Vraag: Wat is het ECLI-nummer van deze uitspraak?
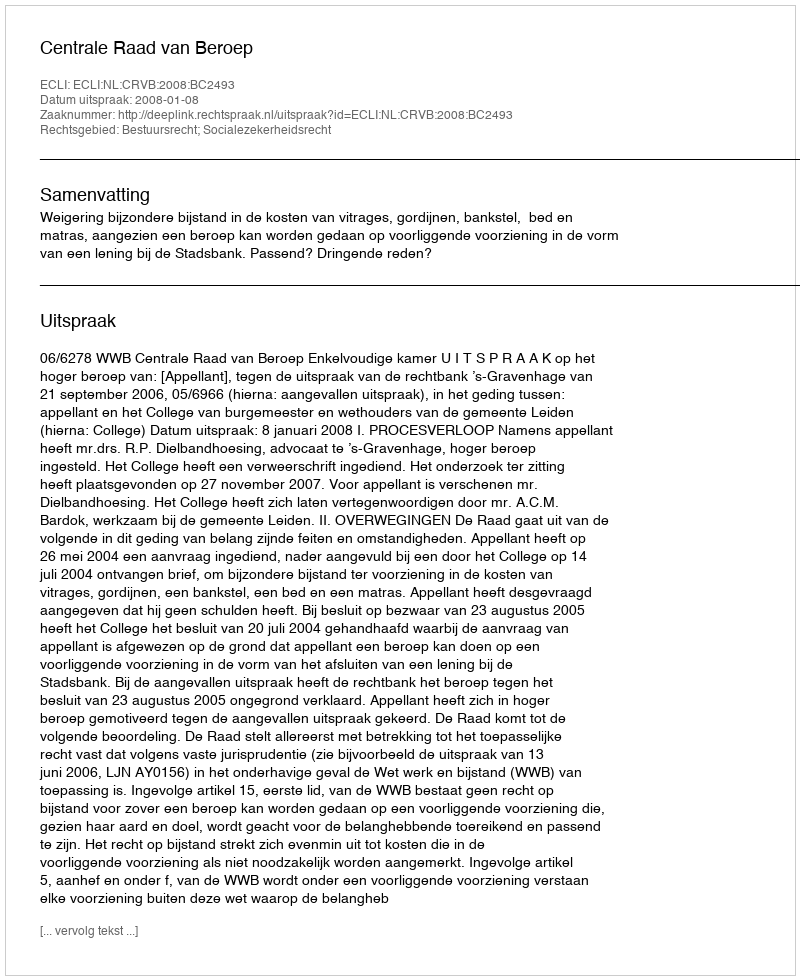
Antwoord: ECLI:NL:CRVB:2008:BC2493